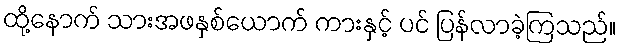
ထို့နောက် သားအဖနှစ်ယောက် ကားနှင့် ပင် ပြန်လာခဲ့ကြသည်။